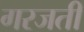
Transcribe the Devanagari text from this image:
गरजती